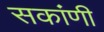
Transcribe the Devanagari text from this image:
सकांणी